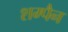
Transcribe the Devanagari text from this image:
शम्पैन